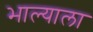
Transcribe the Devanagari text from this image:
भाल्याला